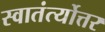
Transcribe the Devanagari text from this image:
स्वातंर्त्योत्तर